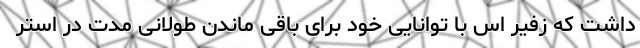
داشت که زفیر اس با توانایی خود برای باقی ماندن طولانی مدت در استر